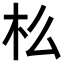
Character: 𣏈